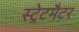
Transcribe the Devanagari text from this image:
स्ट्रेटमैटर